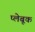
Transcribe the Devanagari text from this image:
प्लेबूक